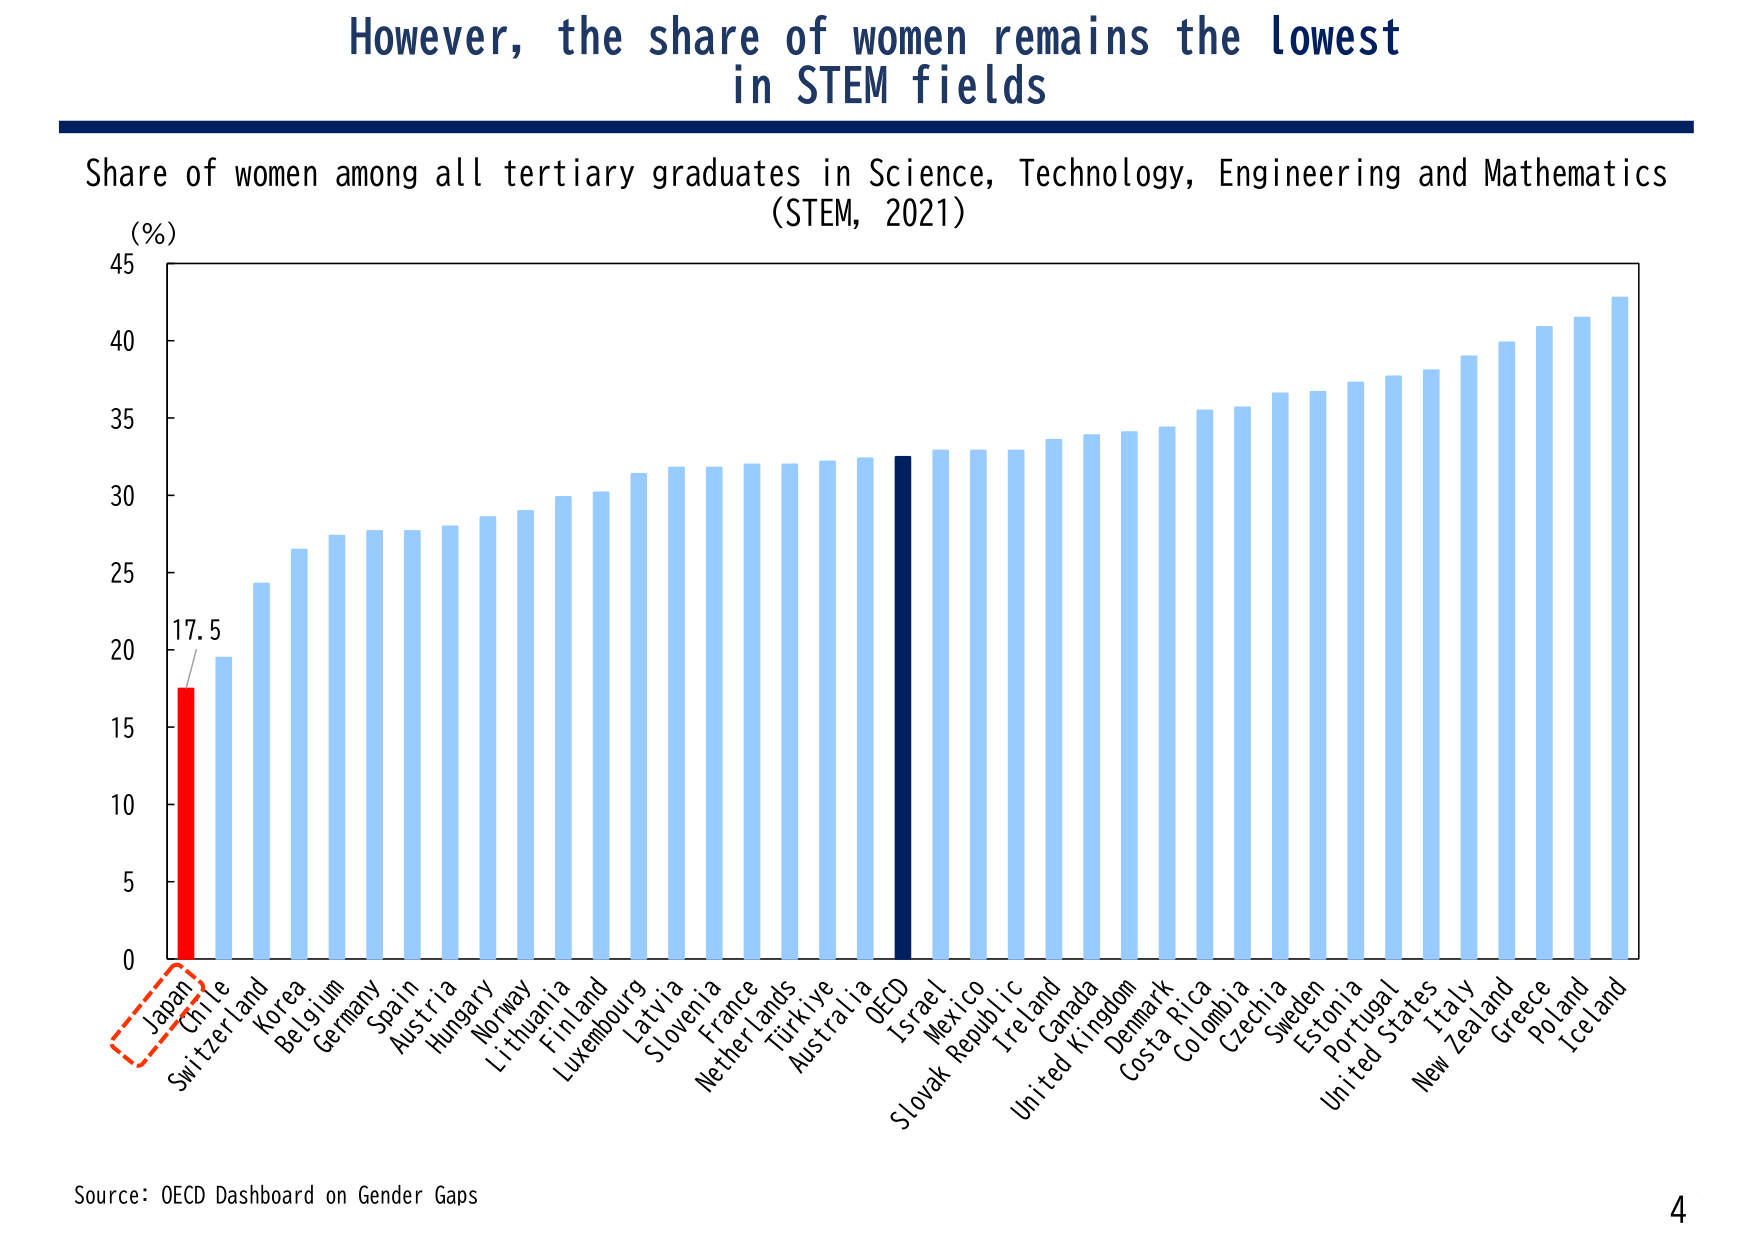
However, the share of women remains the lowest
in STEM fields

Share of women among all tertiary graduates in Science, Technology, Engineering and Mathematics
(STEM, 2021)

(%)
45
40
35
30
25
20
17.5
15
10
5
0

Japan
Chile
Switzerland
Korea
Belgium
Germany
Spain
Austria
Hungary
Norway
Lithuania
Finland
Luxembourg
Latvia
Slovenia
France
Netherlands
Türkiye
Australia
OECD
Israel
Mexico
Slovak Republic
Ireland
Canada
United Kingdom
Denmark
Costa Rica
Colombia
Czechia
Sweden
Estonia
Portugal
United States
Italy
New Zealand
Greece
Poland
Iceland

Source: OECD Dashboard on Gender Gaps
4